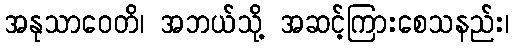
အနုသာဝေတိ၊ အဘယ်သို့ အဆင့်ကြားစေသနည်း၊